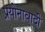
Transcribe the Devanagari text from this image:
प्रयोनावादी